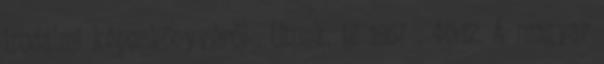
irodalmi képeskönyvéről . Utunk. 12 1957 . 40:12. A magyar